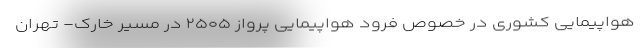
هواپیمایی کشوری در خصوص فرود هواپیمایی پرواز ۲۵۰۵ در مسیر خارک- تهران